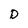
Character: D